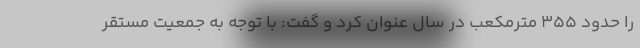
را حدود 355 مترمکعب در سال عنوان کرد و گفت: با توجه به جمعیت مستقر